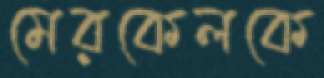
মেরকেলকে